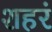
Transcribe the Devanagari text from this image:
शहरं